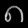
Digit: ၈